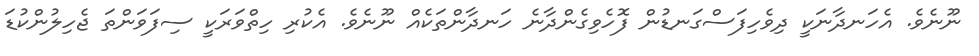
ނޫނެވެ. އެހަނދާނަކީ ދިވެހިފަސްގަނޑުން ފޮހެވިގެންދާނެ ހަނދާންތަކެއް ނޫނެވެ. އެކުރި ހިތްވަރަކީ ސިފަވަންތަ ޖެހިލުންކުޑަ